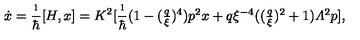
\dot { x } = \frac { \i } { \hbar } [ H , x ] = K ^ { 2 } [ \frac { \i } { \hbar } { \textstyle ( 1 - ( \frac { q } { \xi } ) ^ { 4 } ) p ^ { 2 } x + q \xi ^ { - 4 } ( ( \frac { q } { \xi } ) ^ { 2 } + 1 ) { \mit \Lambda } ^ { 2 } p } ] ,